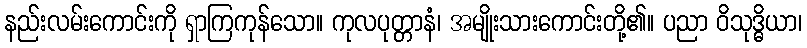
နည်းလမ်းကောင်းကို ရှာကြကုန်သော။ ကုလပုတ္တာနံ၊ အမျိုးသားကောင်းတို့၏။ ပညာ ဝိသုဒ္ဓိယာ၊